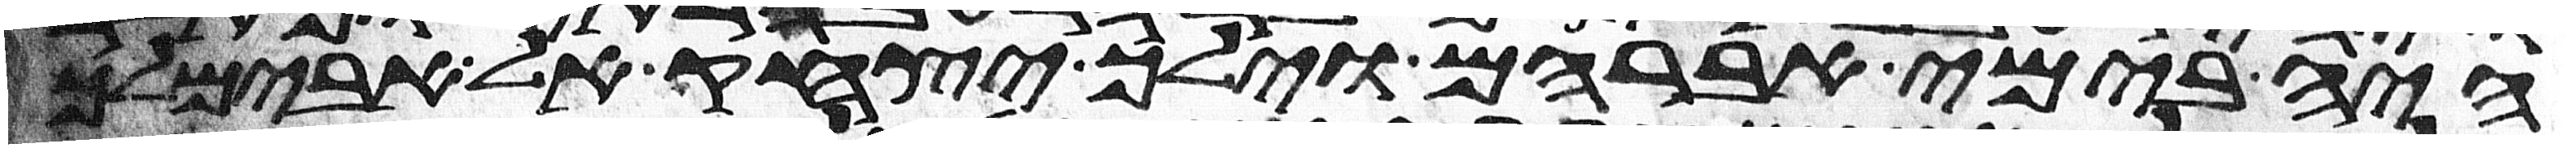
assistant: היה בימי אברהם וילך יצחק אל אבימלך